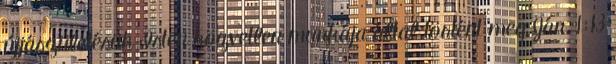
újjászületésük Isten közvetlen munkája által történt meg Ján. 1:13